Annual report on the health of the army in India
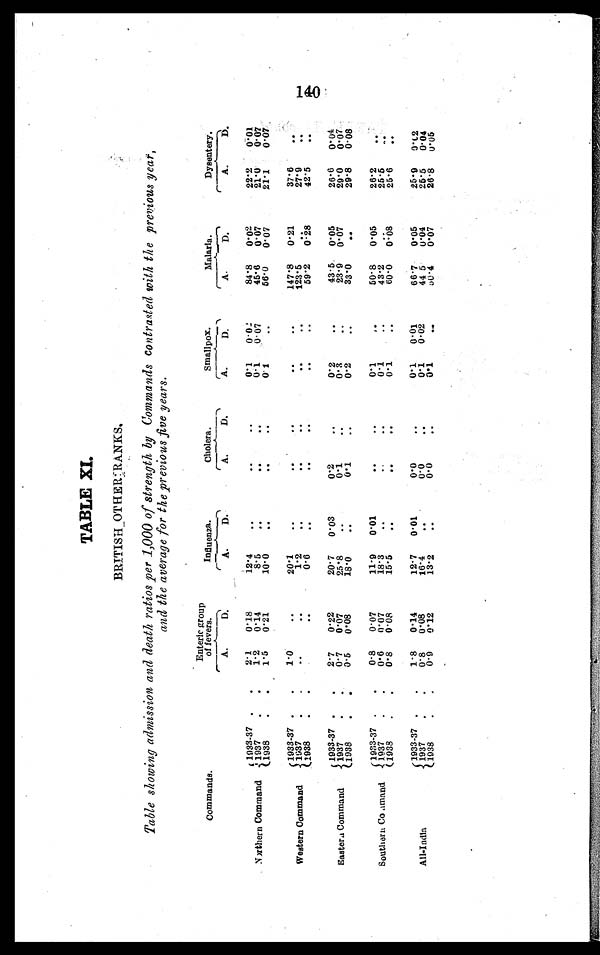
TABLE XI
BRITISH OTHER RANKS.
Table showing admission and death ratios per 1,000 of strength, by Commands contrasted with the previous year,
and the average for the previous five years.
Commands.
Enteric group
of fevers.
Influenza.
Cholera.
Smallpox.
Malaria.
Dysentery.
A
D.
A.
D.
A.
D.
A.
D.
A.
D.
A.
D.
1933-37 . . .
2.1
0.18
12.4
. . .
. . .
. . .
0.1
0. 0 2
84.8
0.02
22.2
0. 01
Northern Command
1937 . . .
1.2
0.14
8.5
. . .
. . .
. . .
0.1
0.07
45.6
0.07
21.0
0.07
1938 . . .
1.5
0.21
10. 0
. . .
. . .
. . .
0.1
. . .
56.0
0.07
21.1
0.07
Western Command
1933-37 . . .
1.0
. . .
20.1
. . .
. . .
. . .
. . .
. . .
147.8
0.21
37.6
. . .
1937 . . .
. . .
. . .
1.2
. . .
. . .
. . .
. . .
. . .
123.5
. . .
27.9
. . .
1938 . . .
. . .
. . .
0.6
. . .
. . .
. . .
. . .
. . .
59.2
0.28
42.5
. . .
Eastern Command
1933-37 . . .
2.7
0.22
20.7
0.03
0.2
. . .
0.2
. . .
43.5
0.05
26.6
0.04
1937. . .
0.7
0.07
25.8
. . .
0.1
. . .
0.3
. . .
23.9
0.07
29.0
0.07
1938 . . .
0.5
0.08
18.0
. . .
0.1
. . .
0.2
. . .
33.0
. . .
29.8
0.08
Southern Command . . .
1 9 3 3 - 3 7 . . .
0 . 8
0 . 0 7
11.9
0.01
. . .
. . .
0.1
. . .
50.8
0.05
2 6 . 2
. . .
1 9 3 7 . . .
0 . 6
0 . 0 7
18.3
. . .
. . .
. . .
0.1
. . .
43.2
. . .
25.5 . . .
1938 . . .
0.8
0.08
15.5
. . .
. . .
. . .
0.1
. . .
6 0 . 0
0.08
25.6
. . .
All-India . . .
1 9 3 3 - 3 7 . . .
1.8
0.14
12.7
0.01
0.0
. . .
0.1
0.01
66.7
0.05
25.9
0.02
1 9 3 7 . . .
0.8
0.08
16.4
. . .
0 . 0
. . .
0.1
0.02
44. 5
0.04
25.5
0.04
1938 . . .
0.9
0.12
13.2
. . .
0.0
. . .
0.1
. . .
5 0 . 4
0.07
26.8 0.05